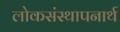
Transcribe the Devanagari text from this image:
लोकसंस्थापनार्थ